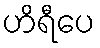
ဟိရီပေ